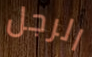
الرجل